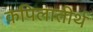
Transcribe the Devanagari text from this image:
कपिलातीर्थ